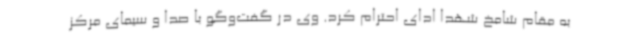
به مقام شامخ شهدا ادای احترام کرد. وی در گفت‌وگو با صدا و سیمای مرکز